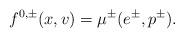
LaTeX: \begin{align*}f^{0,\pm}(x,v)=\mu^\pm(e^\pm,p^\pm).\end{align*}